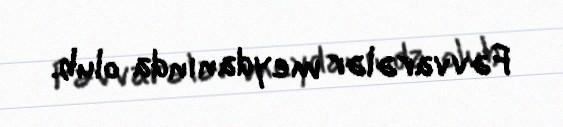
Fəvvarələr meydanında olub.